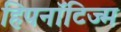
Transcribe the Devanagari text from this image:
हिपनॉटिज्म